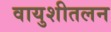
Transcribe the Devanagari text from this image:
वायुशीतलन